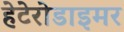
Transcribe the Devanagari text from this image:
हेटेरोडाइमर